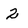
Character: 2